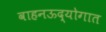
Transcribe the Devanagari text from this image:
वाहनऊद्योगात